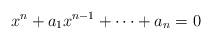
LaTeX: \begin{align*}x^n+a_1x^{n-1}+\dots+a_n=0\end{align*}